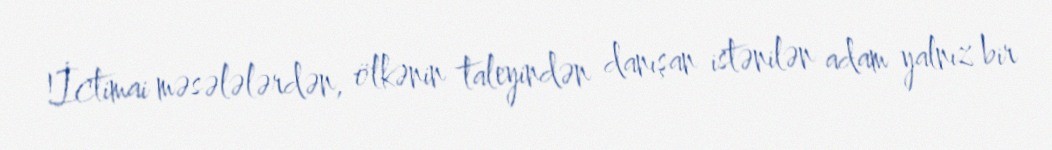
!İctimai məsələlərdən, ölkənin taleyindən danışan istənilən adam yalnız bir